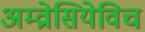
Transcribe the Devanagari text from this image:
अम्व्रोसियेविच